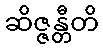
ဆိဇ္ဇန္တီတိ